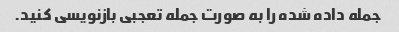
جمله داده شده را به صورت جمله تعجبی بازنویسی کنید.